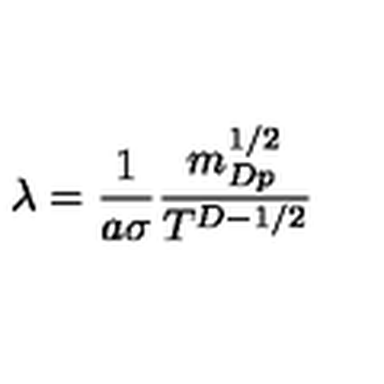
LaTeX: \lambda = \frac { 1 } { a \sigma } \frac { m _ { D p } ^ { 1 / 2 } } { T ^ { D - 1 / 2 } }